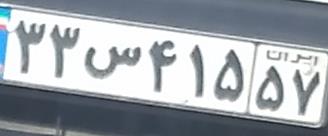
۳۳س۴۱۵۵۷